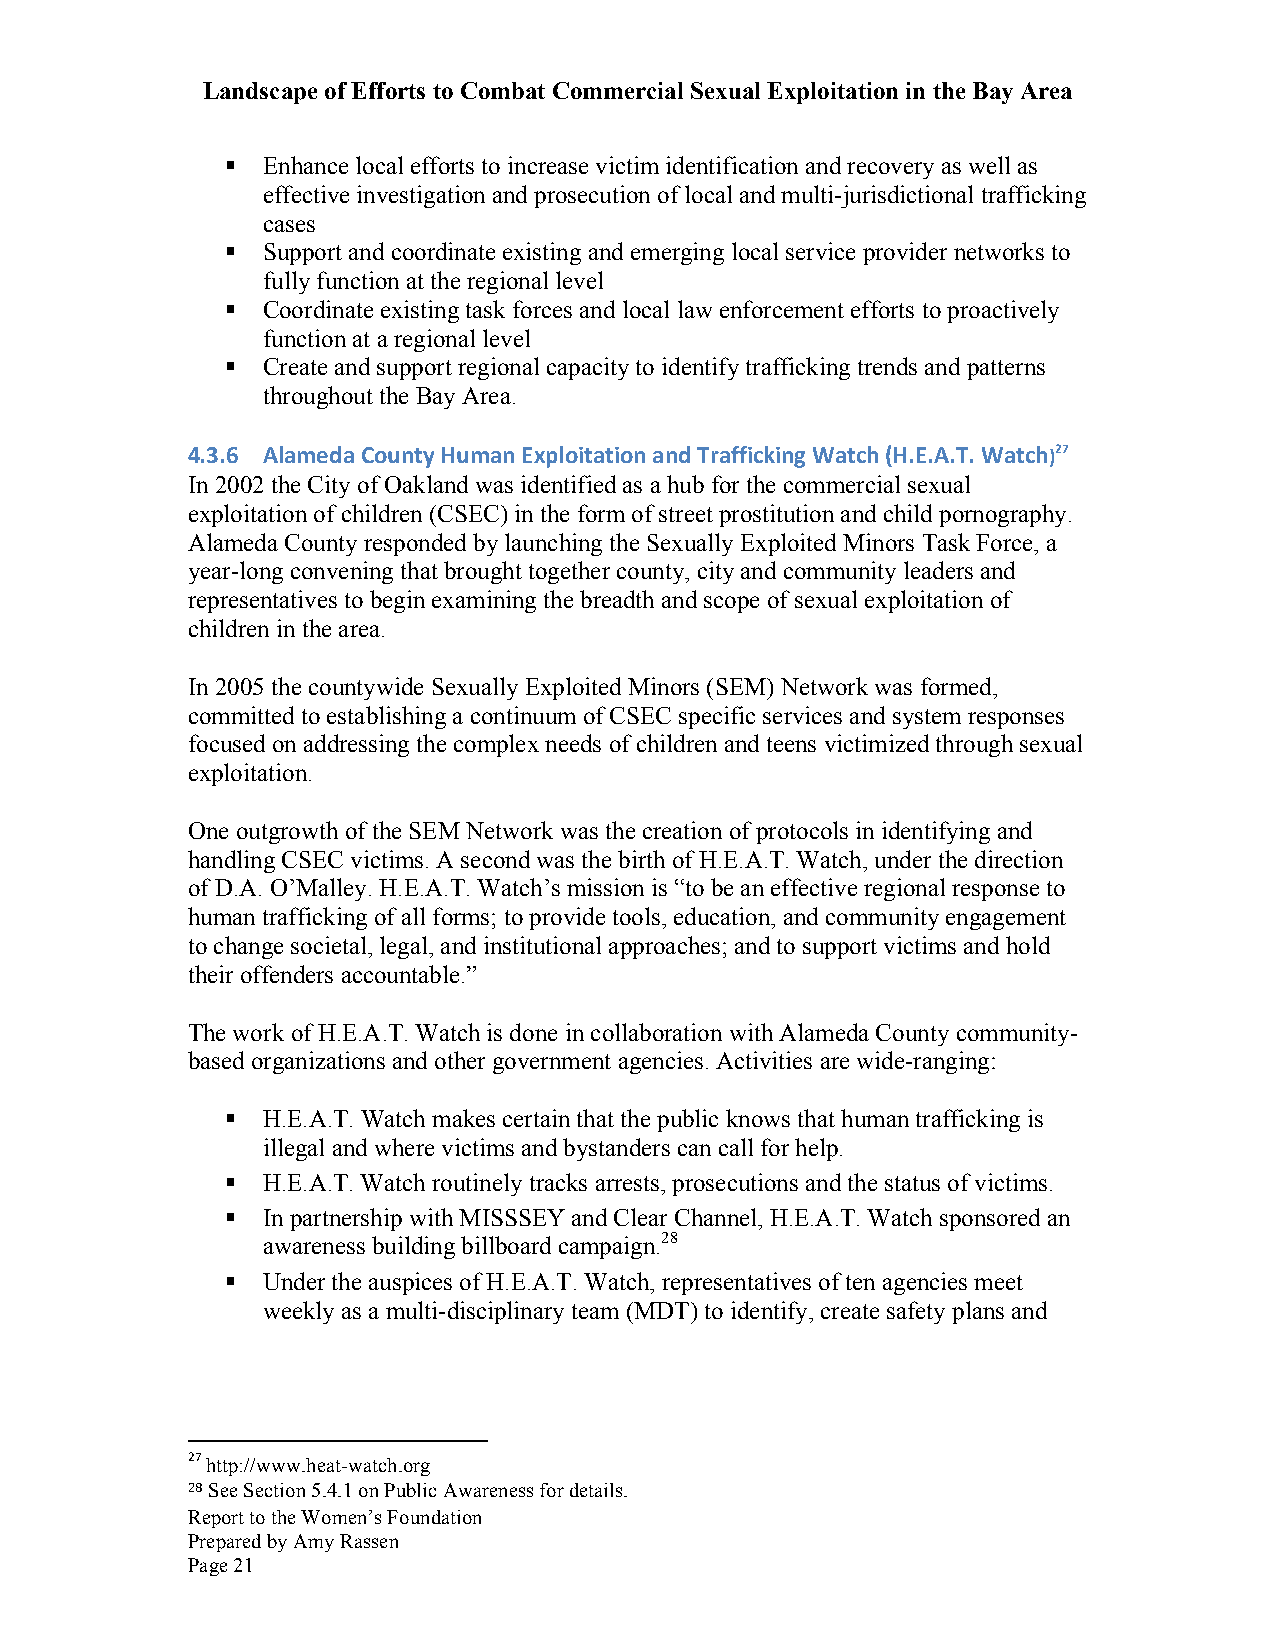
Landscape of Efforts to Combat Commercial Sexual Exploitation in the Bay Area
 § Enhance local efforts to increase victim identification and recovery as well as
 effective investigation and prosecution of local and multi-jurisdictional trafficking
 cases
 § Support and coordinate existing and emerging local service provider networks to
 fully function at the regional level
 § Coordinate existing task forces and local law enforcement efforts to proactively
 function at a regional level
 § Create and support regional capacity to identify trafficking trends and patterns
 throughout the Bay Area.
 4.3.6 Alameda County Human Exploitation and Trafficking Watch (H.E.A.T. Watch)27
 In 2002 the City of Oakland was identified as a hub for the commercial sexual
 exploitation of children (CSEC) in the form of street prostitution and child pornography.
 Alameda County responded by launching the Sexually Exploited Minors Task Force, a
 year-long convening that brought together county, city and community leaders and
 representatives to begin examining the breadth and scope of sexual exploitation of
 children in the area.
 In 2005 the countywide Sexually Exploited Minors (SEM) Network was formed,
 committed to establishing a continuum of CSEC specific services and system responses
 focused on addressing the complex needs of children and teens victimized through sexual
 exploitation.
 One outgrowth of the SEM Network was the creation of protocols in identifying and
 handling CSEC victims. A second was the birth of H.E.A.T. Watch, under the direction
 of D.A. O’Malley. H.E.A.T. Watch’s mission is “to be an effective regional response to
 human trafficking of all forms; to provide tools, education, and community engagement
 to change societal, legal, and institutional approaches; and to support victims and hold
 their offenders accountable.”
 The work of H.E.A.T. Watch is done in collaboration with Alameda County community-
 based organizations and other government agencies. Activities are wide-ranging:
 § H.E.A.T. Watch makes certain that the public knows that human trafficking is
 illegal and where victims and bystanders can call for help.
 § H.E.A.T. Watch routinely tracks arrests, prosecutions and the status of victims.
 § In partnership with MISSSEY and Clear Channel, H.E.A.T. Watch sponsored an
 awareness building billboard campaign.28
 § Under the auspices of H.E.A.T. Watch, representatives of ten agencies meet
 weekly as a multi-disciplinary team (MDT) to identify, create safety plans and
 27 http://www.heat-watch.org
 28 See Section 5.4.1 on Public Awareness for details.
 Report to the Women’s Foundation
 Prepared by Amy Rassen
 Page 21